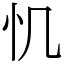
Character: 𢖯